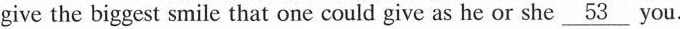
give the biggest smile that one could give as he or she \underline{53}you.